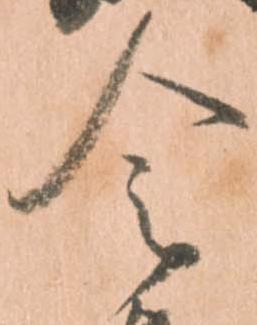
令